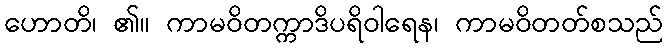
ဟောတိ၊ ၏။ ကာမဝိတက္ကာဒိပရိဝါရေန၊ ကာမဝိတတ်စသည်